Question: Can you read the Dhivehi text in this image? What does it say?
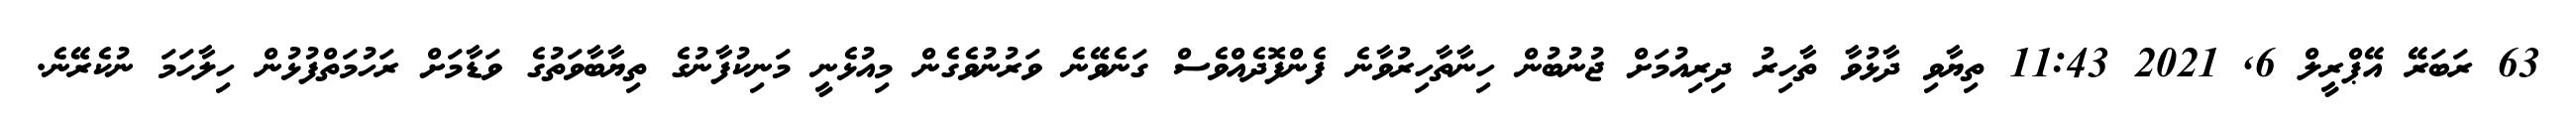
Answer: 63 ރަބަރޭ އޭޕްރީލް 6, 2021 11:43 ތިޔާވި ދާޅުވާ ތާހިރު ދިރިއުމަށް ޖުނުބުން ހިނާތާހިރުވާނެ ފެންފޮދެއްވެސް ގަނެވޭނެ ވަރުނުވެގެން މިއުޅެނީ މަނިކުފާނުގެ ތިޔާބާވަތުގެ ވަޑާމަށް ރަހުމަތްފުޅުން ހިލާހަމަ ނުކެރޭނެ.